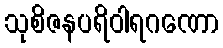
သုစိဇနပရိဝါရဂဏော